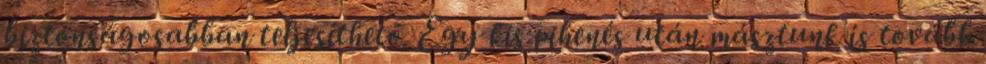
biztonságosabban teljesíthető. Egy kis pihenés után másztunk is tovább